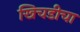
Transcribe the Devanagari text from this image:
खिचडीचा